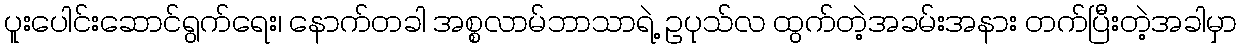
ပူးပေါင်းဆောင်ရွက်ရေး၊ နောက်တခါ အစ္စလာမ်ဘာသာရဲ့ ဥပုသ်လ ထွက်တဲ့အခမ်းအနား တက်ပြီးတဲ့အခါမှာ